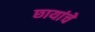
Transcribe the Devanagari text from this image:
छायांचे